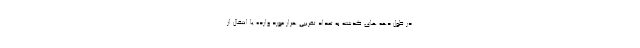
در طول دهه های گذشته به تعداد تقریبی هزار مورد وارده یا انتقال از